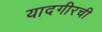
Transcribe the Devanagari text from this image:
यादगीरची